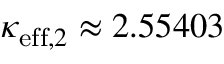
\kappa _ { \mathrm { e f f } , 2 } \approx 2 . 5 5 4 0 3